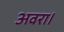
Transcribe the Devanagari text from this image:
अवरा।